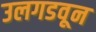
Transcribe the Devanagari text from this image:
उलगडवून